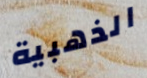
الذهبية